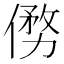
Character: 𠍢